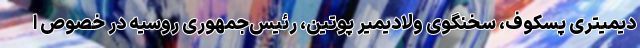
دیمیتری پسکوف، سخنگوی ولادیمیر پوتین، رئیس‌جمهوری روسیه در خصوص ا